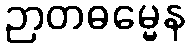
ဉာတဓမ္မေန